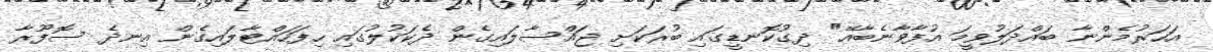
އަހަރުމެންނާ ބައްދަލުވީމަ އުފާވާނެބާއޭ" ދިގުކޮނޑީގައި ބުރަކަށި ޖައްސާލައިގެން ދެކަކުލުގައި ހިފަހައްޓާލައިގެން އިނދެ ސޮފޫރާ